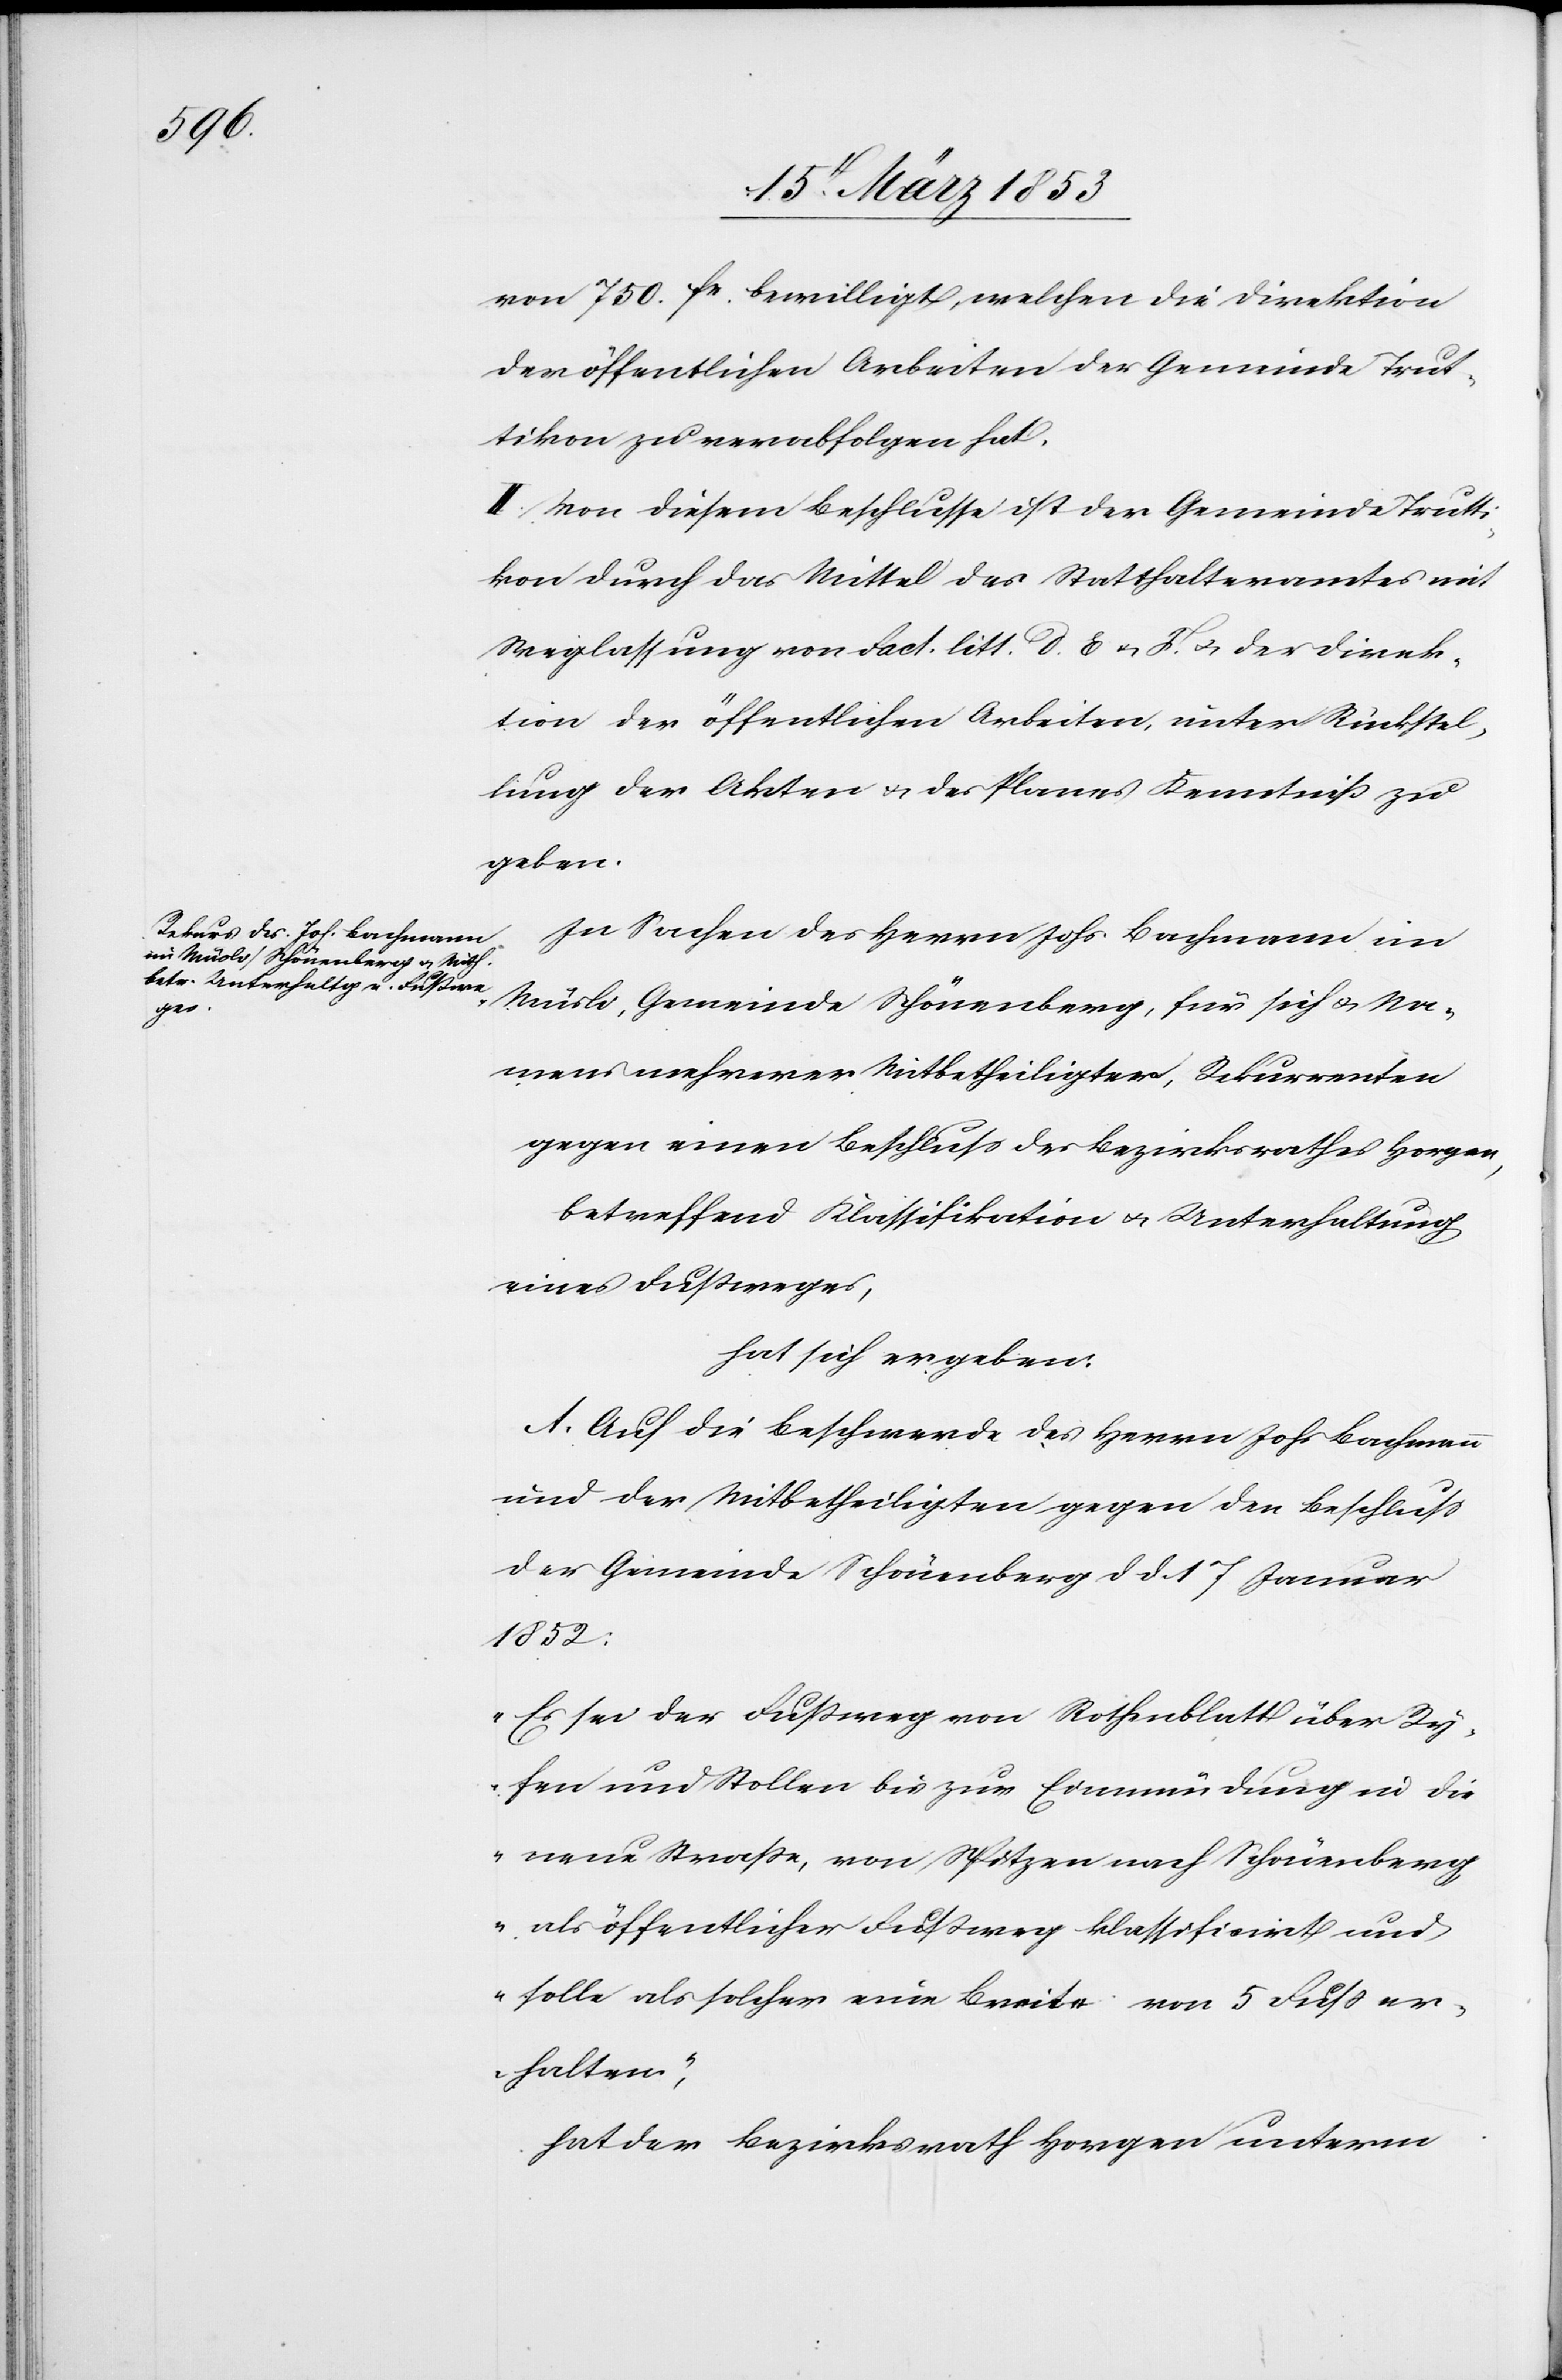
von 750 fr. bewilligt, welchen die Direktion
der öffentlichen Arbeiten der Gemeinde Trut¬
tikon zu verabfolgen hat.
II. Von diesem Beschlusse ist der Gemeinde Trutt¬
ikon durch das Mittel des Statthalteramtes mit
Weglassung von Fact. litt. d. E u. F u. der Direk¬
tion der öffentlichen Arbeiten, unter Rückstel¬
lung der Akten u. des Planes Kenntniß zu
geben.
In Sachen des Herrn Johs. Bachmann im
Müsli, Gemeinde Schönenberg, für sich u. Na¬
mens mehrerer Mitbetheiligter, Rekurrenten
gegen einen Beschluß des Bezirksrathes Horgen,
betreffend Klassifikation u. Unterhaltung
eines Fußweges,
hat sich ergeben:
A. Auf die Beschwerde des Herrn Johs. Bachmann
und der Mitbetheiligten gegen den Beschluß
der Gemeinde Schönenberg d. d. 17 Januar
1852:
„Es sei der Fußweg von Rothenblatt über Ry¬
fen und Stollen bis zur Einmündung in die
neue Straße, von Spitzen nach Schönenberg
als öffentlicher Fußweg klassifizirt und
solle als solcher eine Breite von 5 Fuß er¬
halten“,
hat der Bezirksrath Horgen unterm